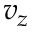
v _ { z }